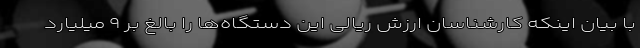
با بیان اینکه کارشناسان ارزش ریالی این دستگاه‌ها را بالغ بر ۹ میلیارد